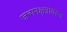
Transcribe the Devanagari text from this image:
जन्मनक्षत्रावरून